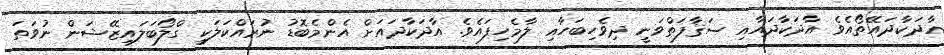
އާދަކާދައޭތޯއެވެ އާދަކާދައާއި ސަޤާފަތްވަނީ ދިވެހިބަހާއި ލާމެހިފައެވެ. އާދަކާދައަށް އެންމެބޮޑު ނުރައްކަލަކީ ގްލޯބަލައިޒޭޝަން ނުވަތަ